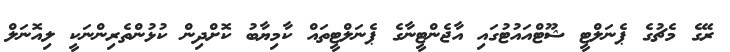
ރޭގެ މެޗުގެ ޕެނަލްޓީ ޝޫޓްއައުޓުގައި އާޖެންޓީނާގެ ޕެނަލްޓީތައް ކާމިޔާބު ކޮށްދިން ކުޅުންތެރިންނަކީ ލިއޮނަލް